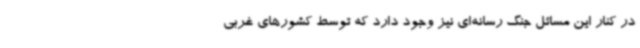
در کنار این مسائل جنگ رسانه‌ای نیز وجود دارد که توسط کشورهای غربی